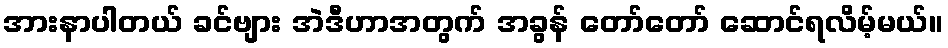
အားနာပါတယ် ခင်ဗျား အဲဒီဟာအတွက် အခွန် တော်တော် ဆောင်ရလိမ့်မယ်။